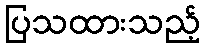
ပြသထားသည့်